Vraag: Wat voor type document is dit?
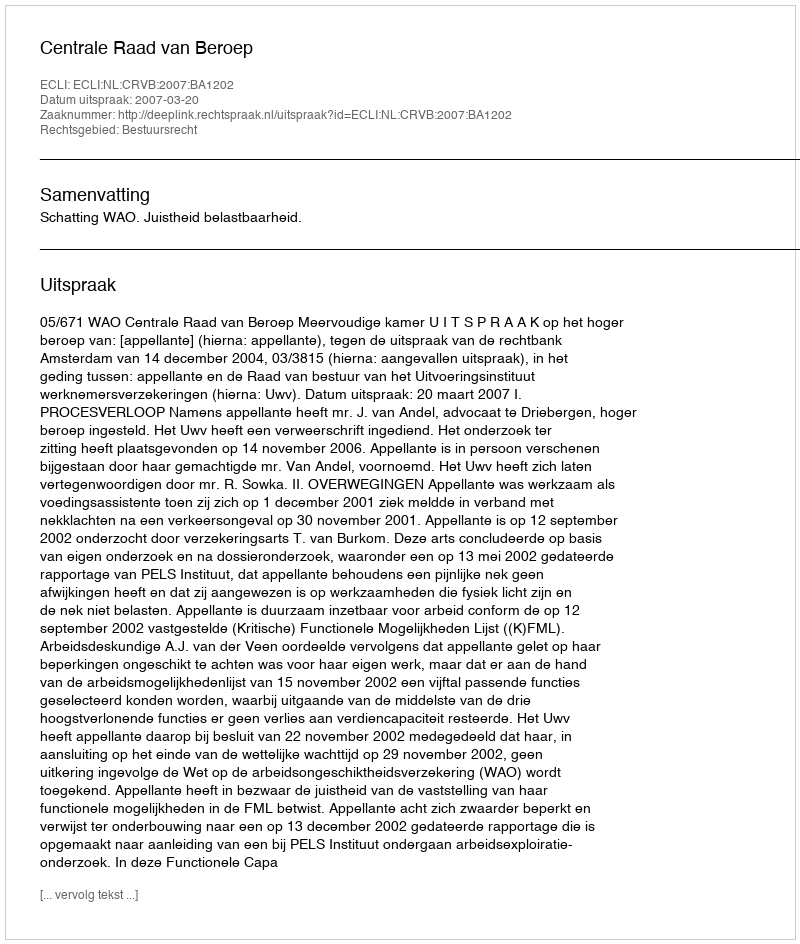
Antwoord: Uitspraak